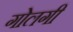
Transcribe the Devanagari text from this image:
गोलगी